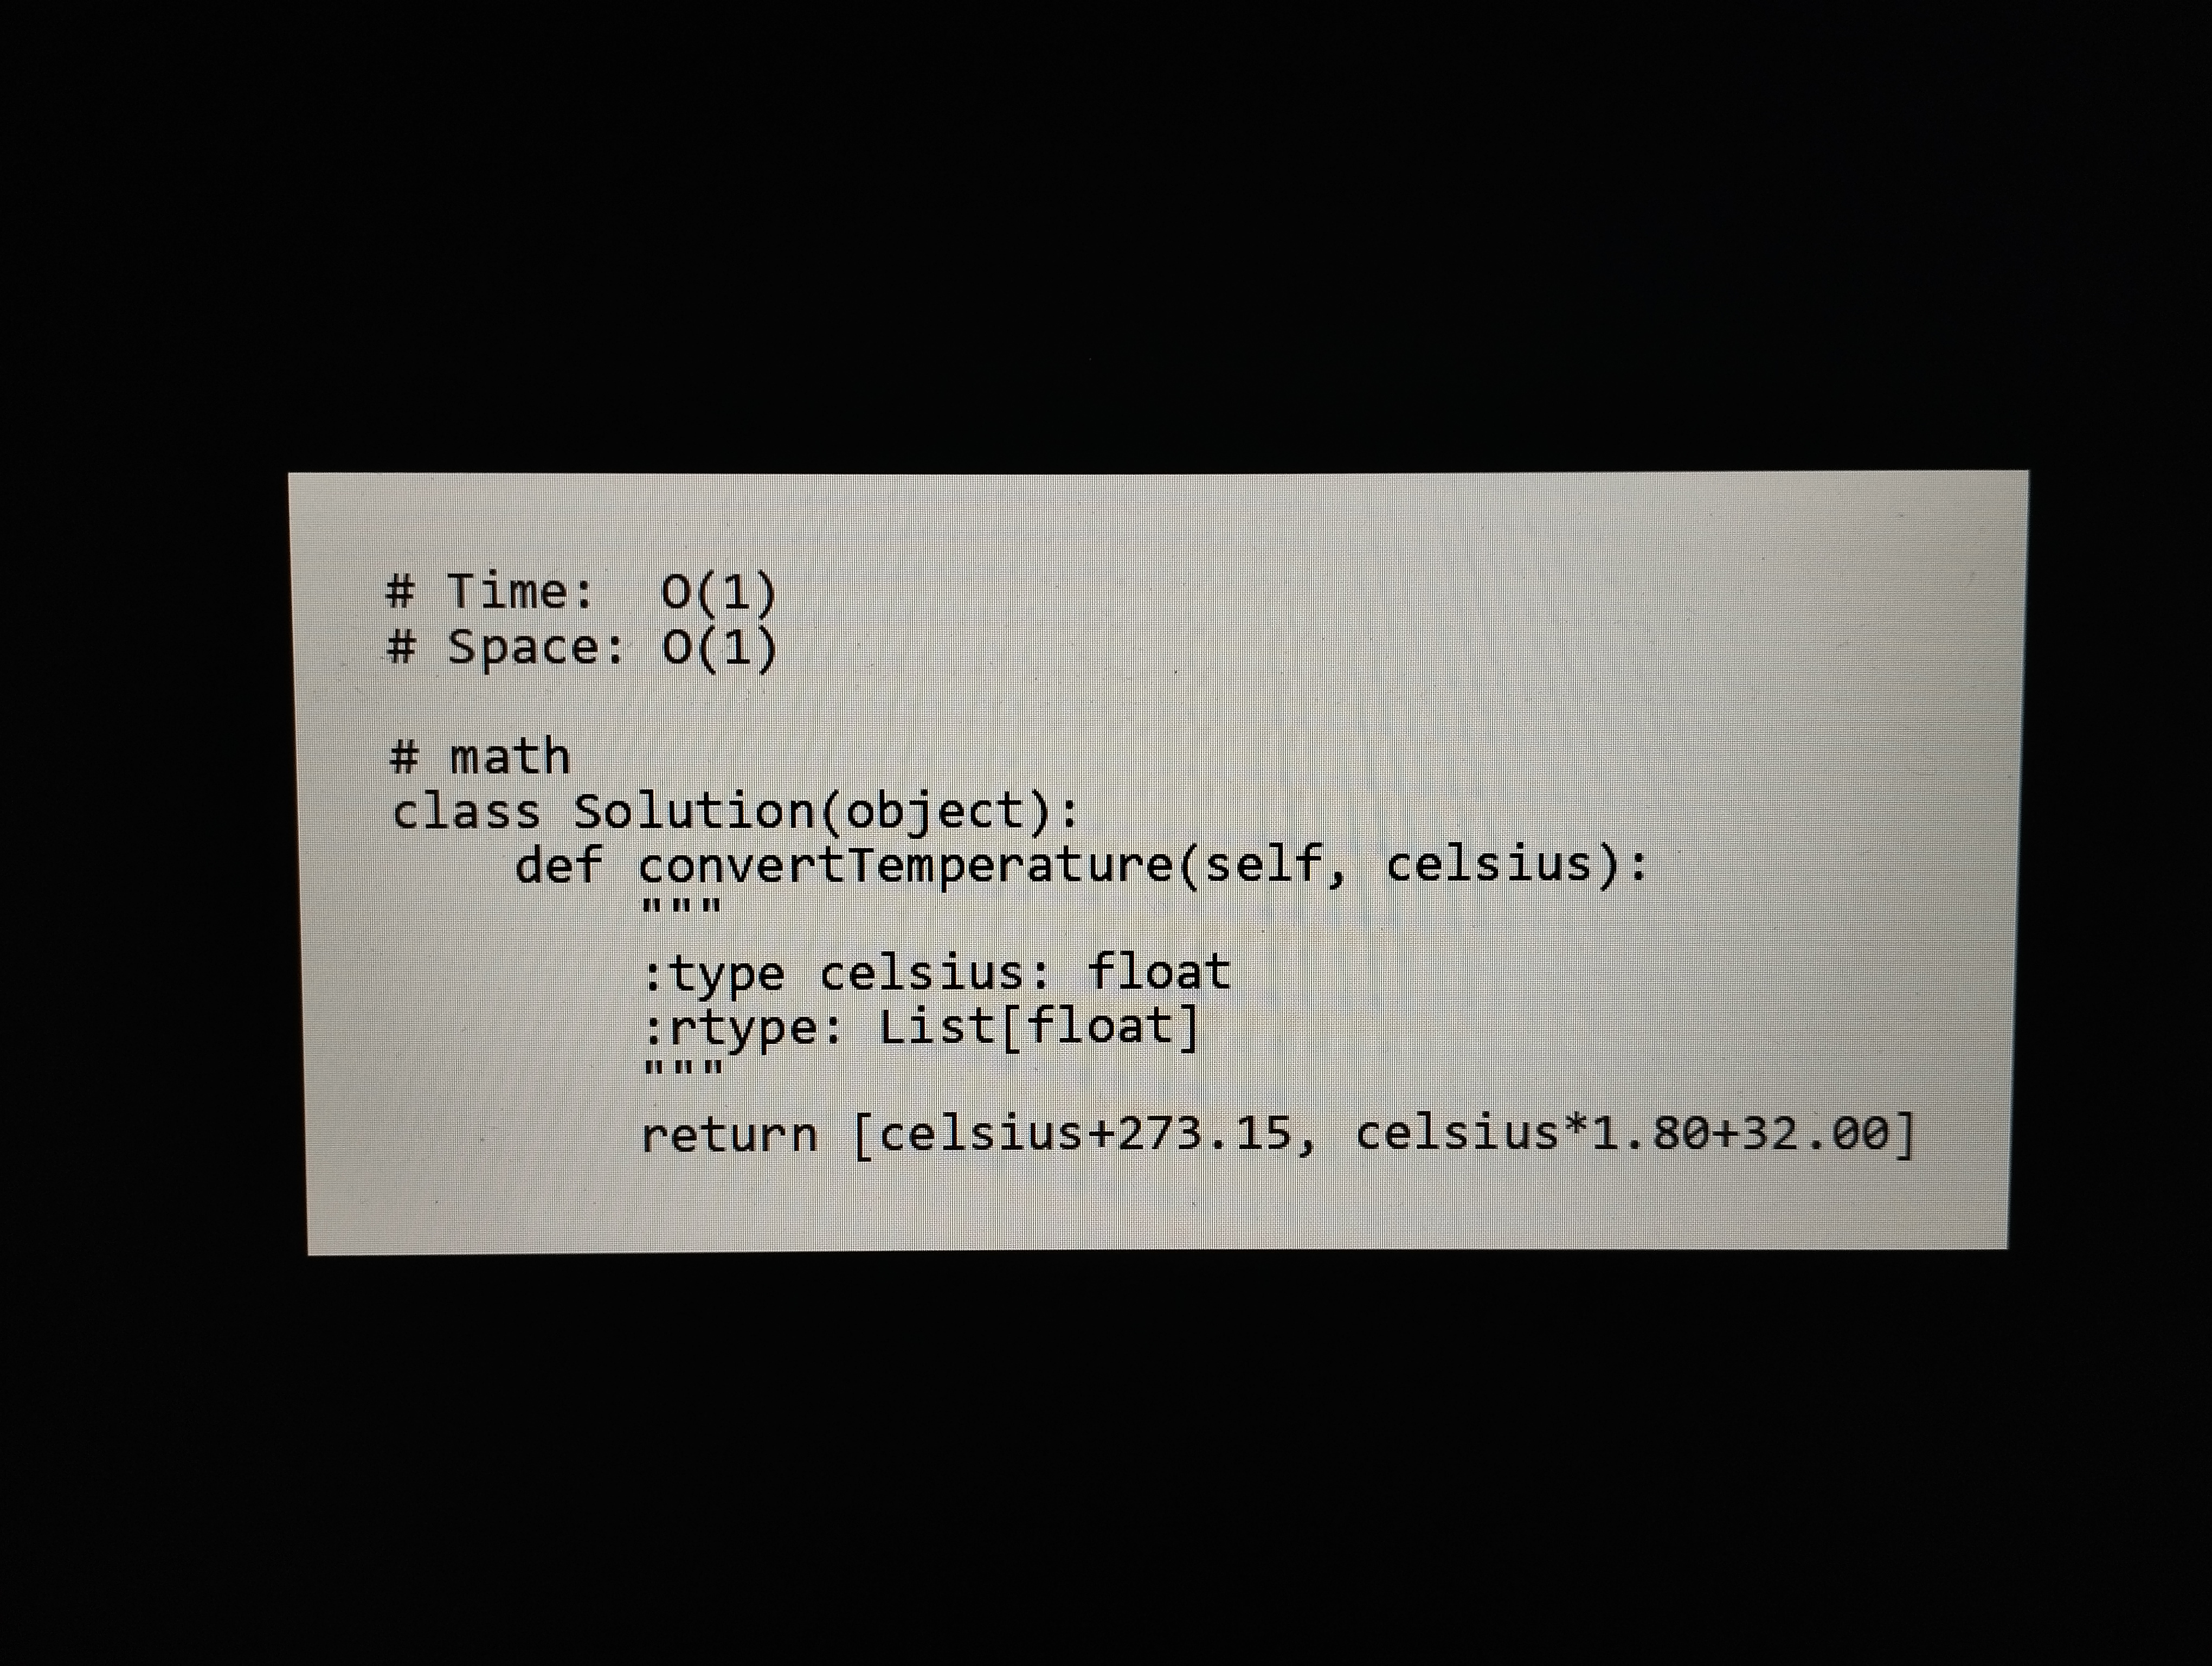
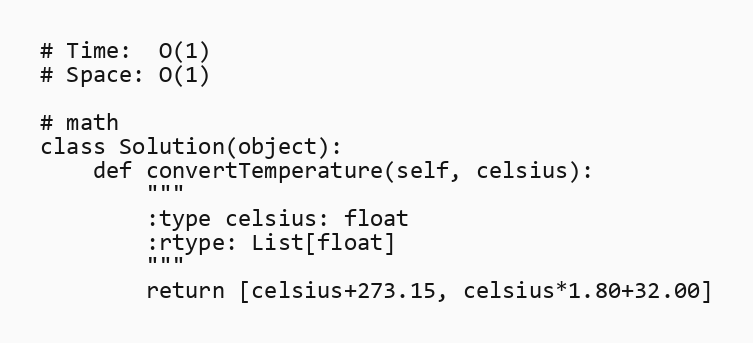
# Time:  O(1)
# Space: O(1)

# math
class Solution(object):
    def convertTemperature(self, celsius):
        """
        :type celsius: float
        :rtype: List[float]
        """
        return [celsius+273.15, celsius*1.80+32.00]